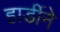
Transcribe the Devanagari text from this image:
हार्डीने